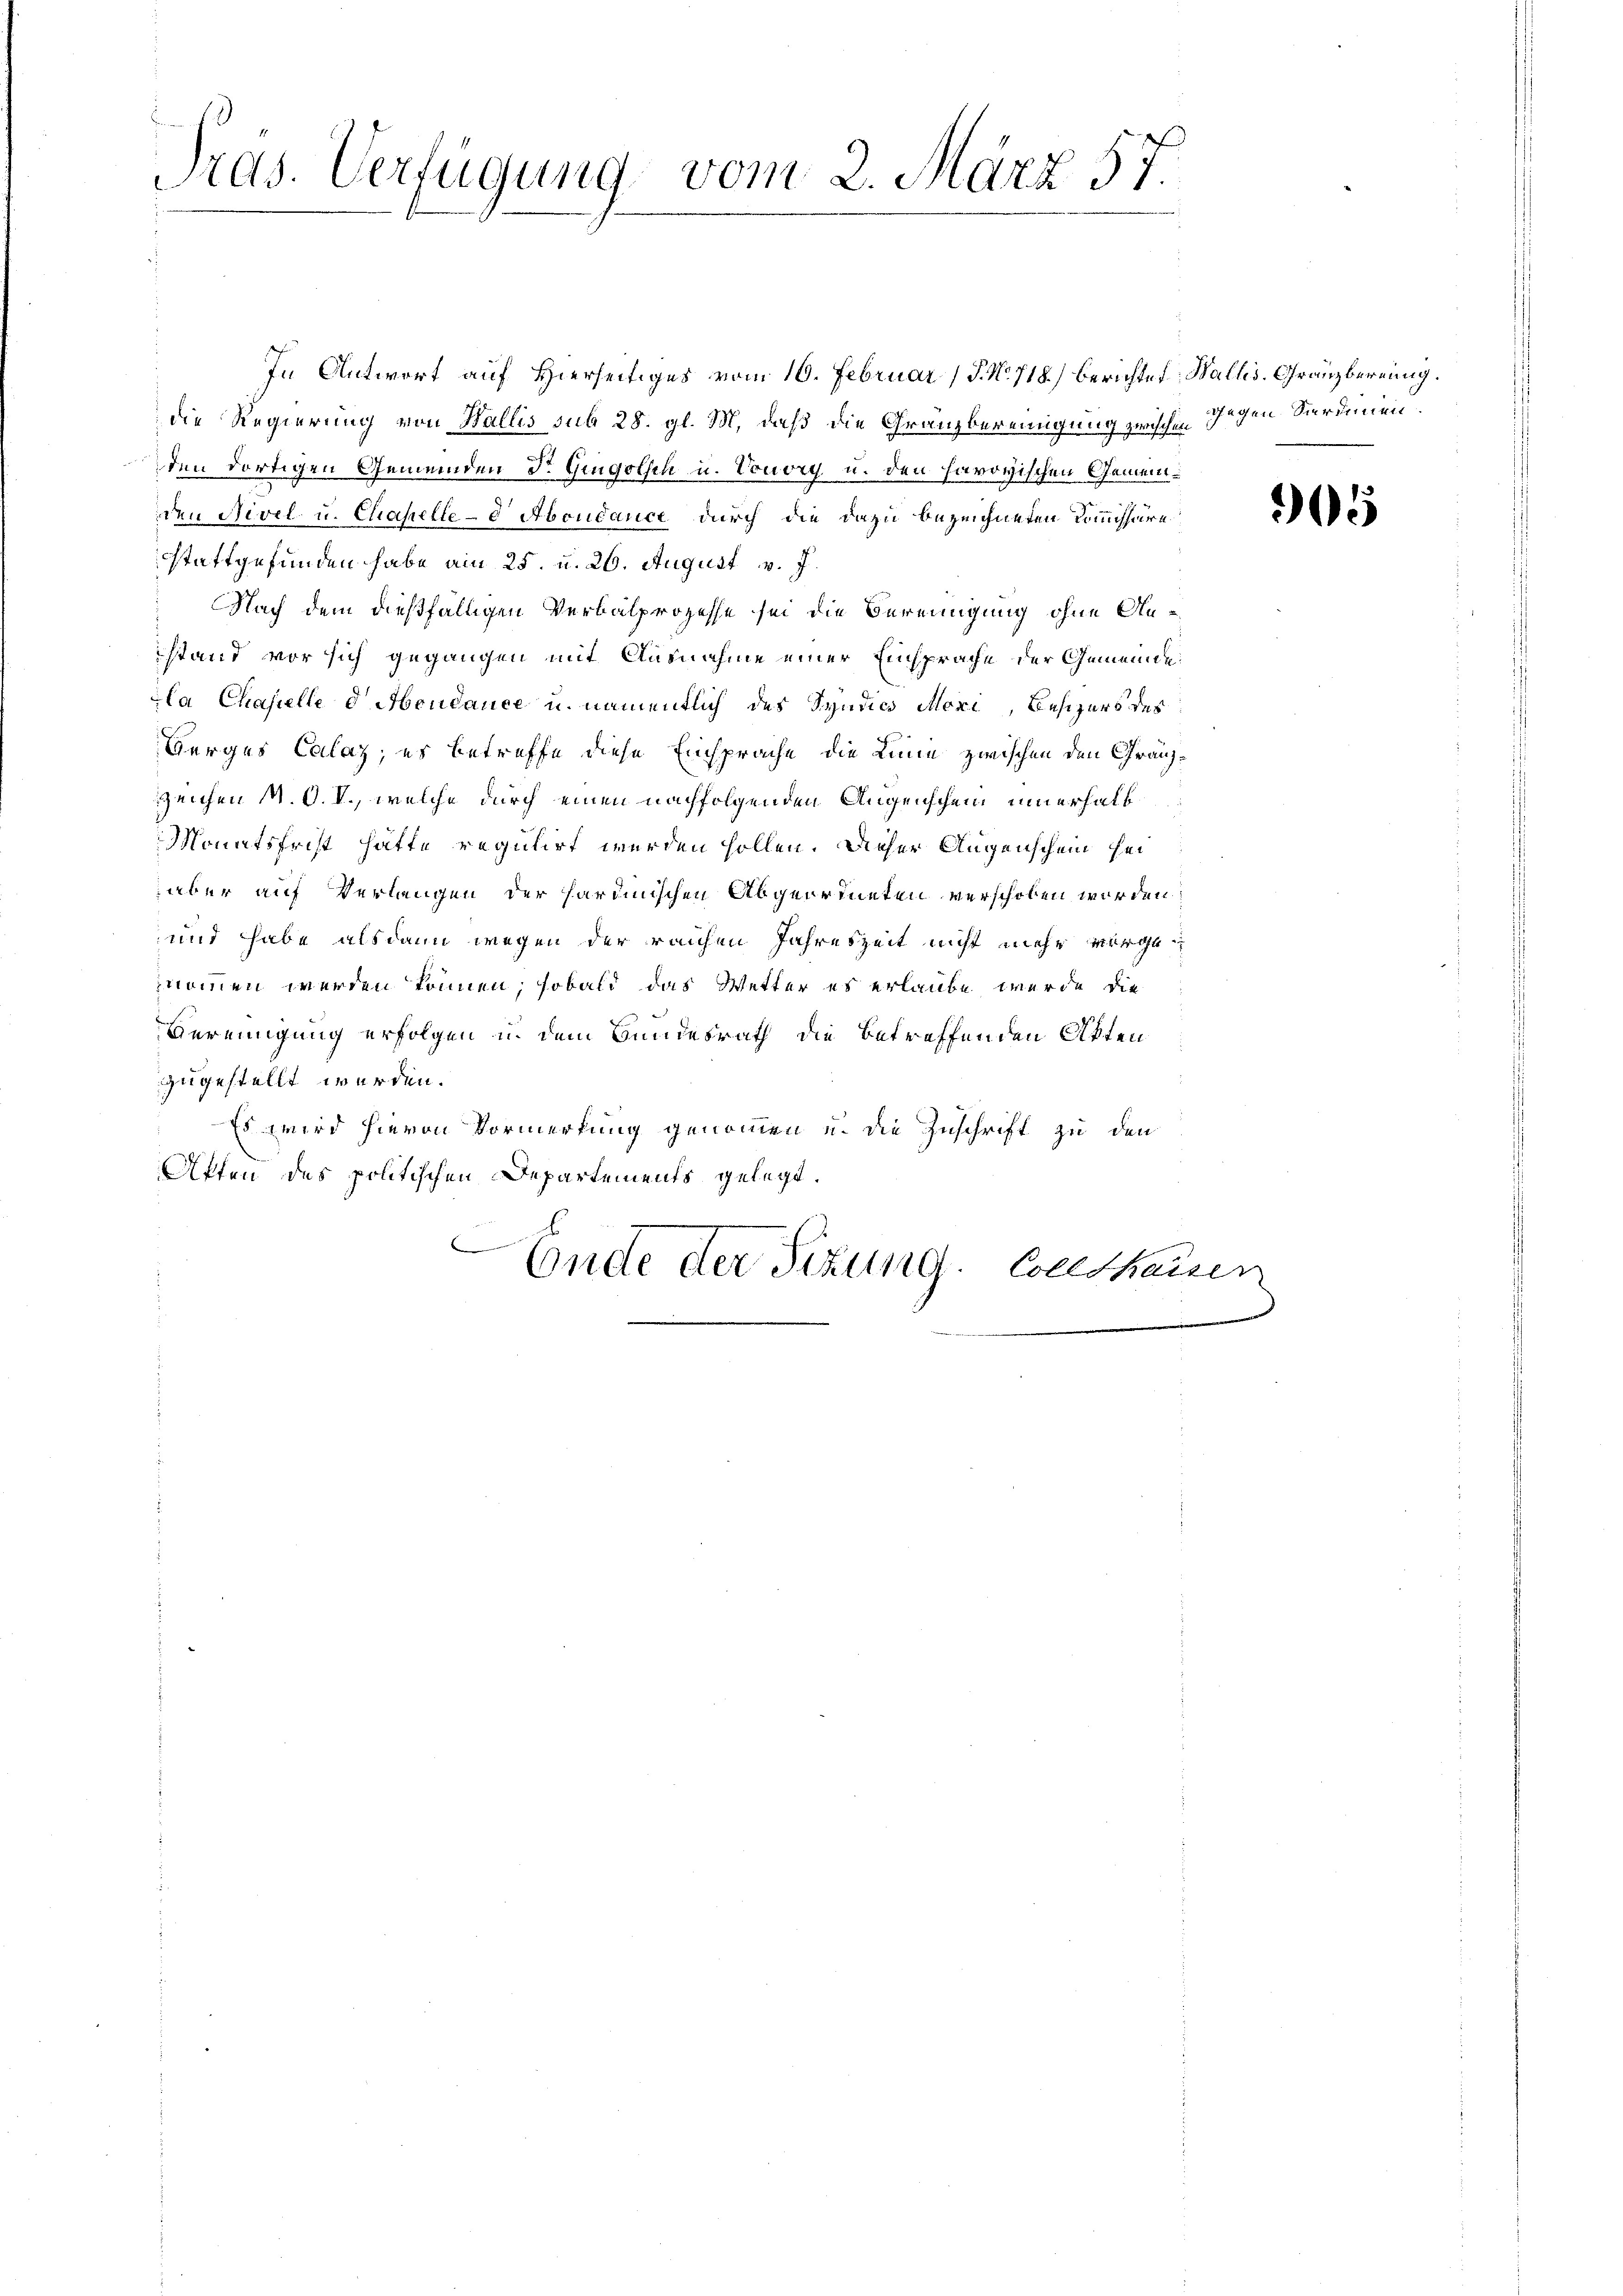
Tras. Verfügung vom 2. März 57.

In Antwort auf Hierseitiges vom 10. Februar (T. N. 718) berichtet: Wallis. Granzbereinig.
die Regierung von Wallis sub 28. gl. M. daß die Granzbereinigung zwischen Gegen Seerdinen
den dortigen Gemeinden Dr. Gingolsch u. Vonory u. den haroyischen Gemeinden Nivel u. Chapelle - Abendance durch die dazu bezeichneten Kommissäre
stattgefunden habe am 25. u. 26. August v. J.
Nach dem dießfälligen Verbalprozesse sei die Bereinigung ohne Anstand vor sich gegangen mit Ausnahme einer Einsprache der Gemeinde
la Chapelle d. Hondance u. namentlich des Syndics Mori, Besizers des
Berges Calaz, es betreffe diese Einsprache die Linie zwischen den Gränz¬
Zeichen M. O. V., welche durch einen nachfolgenden Augenschein innerhalb
Monatsfrist hätte regulirt werden sollen. Dieser Augenschein heraber auf Verlangen der sardinischen Abgeordneten verschoben worden:
und habe alsdann wegen der reichen Jahreszeit nicht mehr vorgenommen werden können, sobald das Wetter es erlaube wurde die
Vereinigung erfolgen u. dem Bundesrath die betreffenden Akten
zugestellt werden.
Es wird hievon Vormerkung genommen u. die Zuschrift zu den
Affen des politischen Departements gelegt.
.
Ende der Sitzung. Coseshausen

1